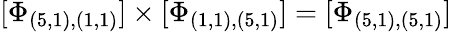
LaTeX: \lbrack\Phi_{(5,1),(1,1)}]\times[\Phi_{(1,1),(5,1)}]=[\Phi_{(5,1),(5,1)}]